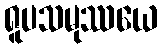
ရူပသမုဿယေ